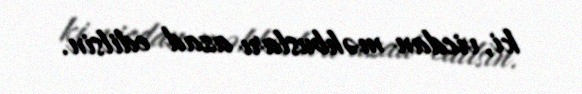
ki, vicdan məhbusları azad edilsin.